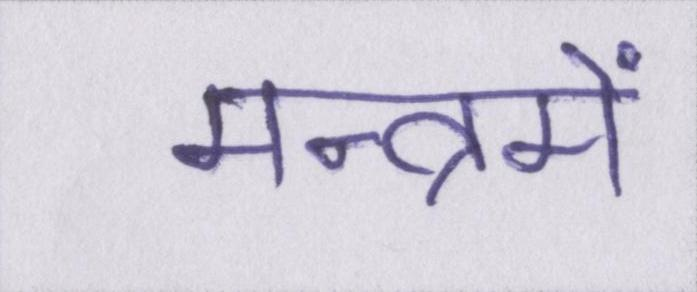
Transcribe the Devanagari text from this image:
मन्त्रमें